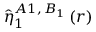
\hat { \eta } _ { 1 } ^ { A 1 , \, B _ { 1 } } \left( r \right)